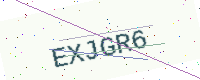
Text: EXJGR6